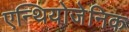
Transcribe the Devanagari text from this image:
एन्थियोजेनिक